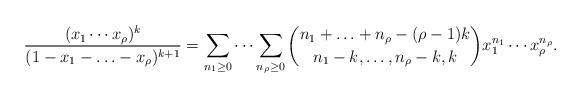
LaTeX: \begin{align*} \frac{(x_1 \cdots x_{\rho})^k}{(1 - x_1 - \ldots - x_{\rho})^{k + 1}} = \sum_{n_1 \geq 0} \cdots \sum_{n_{\rho} \geq 0} \binom{n_1 + \ldots + n_{\rho} - (\rho - 1) k}{n_1 - k, \ldots, n_{\rho} - k, k} x_1^{n_1} \cdots x_{\rho}^{n_{\rho}} . \end{align*}